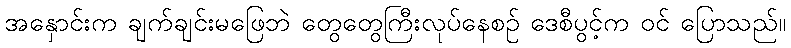
အနှောင်းက ချက်ချင်းမဖြေဘဲ တွေတွေကြီးလုပ်နေစဉ် ဒေစီပွင့်က ဝင် ပြောသည်။